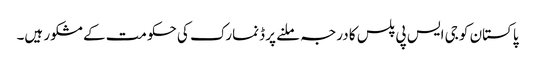
پاکستان کو جی ایس پی پلس کا درجہ ملنے پر ڈنمارک کی حکومت کے مشکور ہیں۔